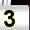
Digit: 3